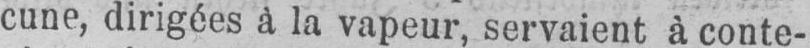
cune, dirigées à la vapeur, servaient à conte-